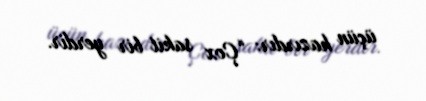
üçün hazırdır: “Çox sakit bir yerdir.